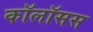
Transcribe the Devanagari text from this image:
कॉलॉसस